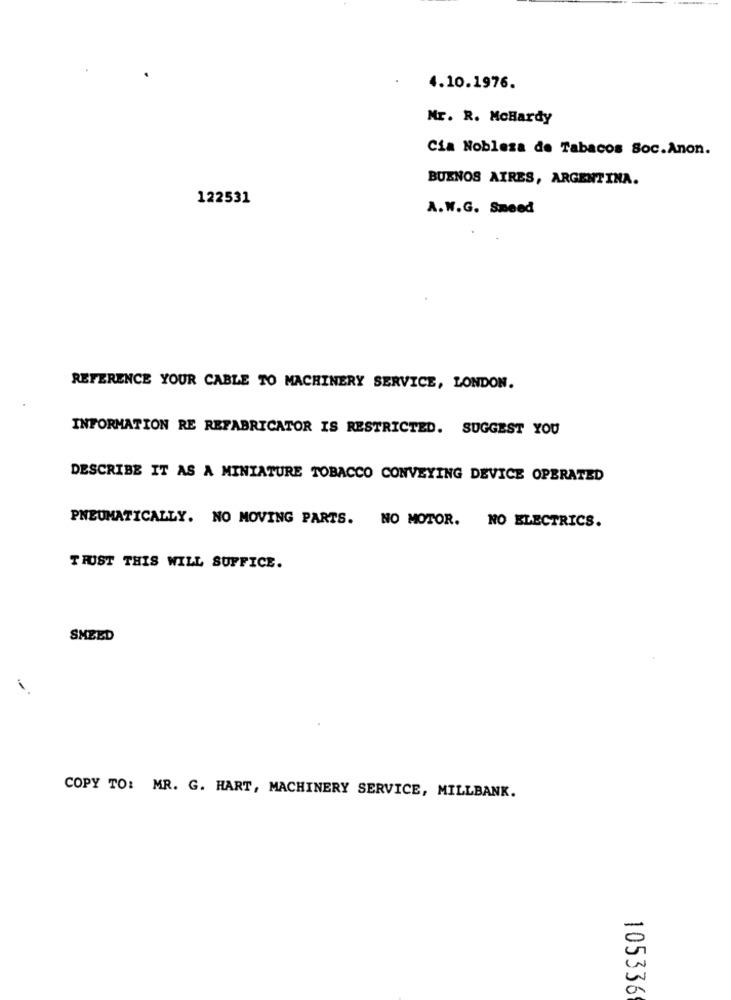
4.10.1976.
Mr. R. MoHardy
Cia Nobleza de Tabacos Soc.Anon.
BUENOS AIRES, ARGENTINA.
122531
A.W.G. Smeed
REFERENCE YOUR CABLE TO MACHINERY SERVICE, LONDON.
INFORMATION RE REFABRICATOR IS RESTRICTED. SUGGEST YOU
DESCRIBE IT AS A MINIATURE TOBACCO CONVEYING DEVICE OPERATED
PNEUMATICALLY. NO MOVING PARTS. NO MOTOR. NO ELECTRICS.
TRUST THIS WILL SUFFICE.
SHEED
COPY TO: MR. G. HART, MACHINERY SERVICE, MILLBANK.
105336